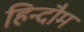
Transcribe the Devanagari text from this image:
हिन्दौम